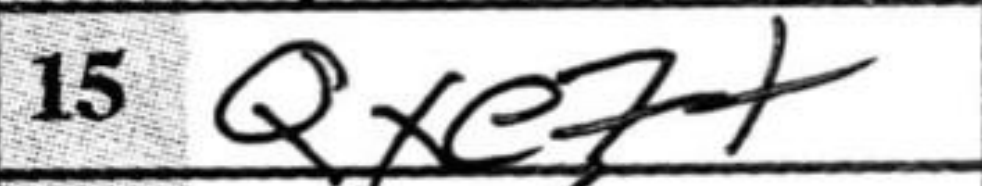
Transcription: Qxe7+